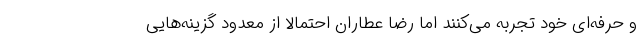
و حرفه‌ای خود تجربه می‌کنند اما رضا عطاران احتمالا از معدود گزینه‌هایی